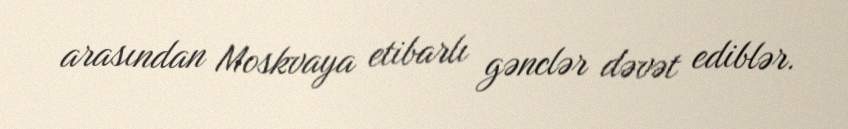
arasından Moskvaya etibarlı gənclər dəvət ediblər.